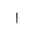
Letter: _alif